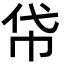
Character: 帒